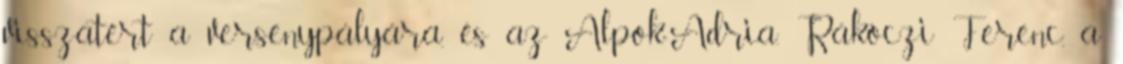
visszatért a versenypályára, és az Alpok-Adria. Rákóczi Ferenc, a